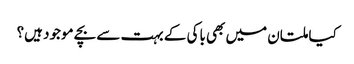
کیا ملتان میں بھی باکی کے بہت سے بچے موجود ہیں؟